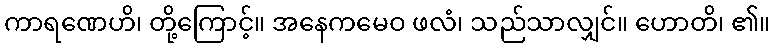
ကာရဏေဟိ၊ တို့ကြောင့်။ အနေကမေဝ ဖလံ၊ သည်သာလျှင်။ ဟောတိ၊ ၏။